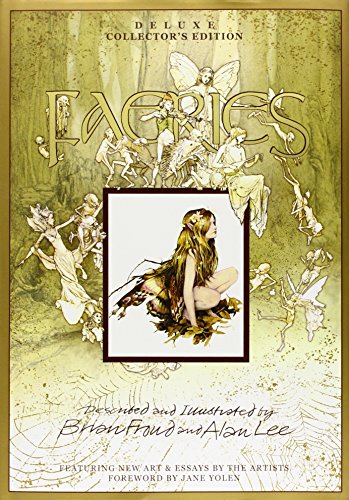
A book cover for Faeries: Deluxe Collector's Edition; Politics & Social Sciences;